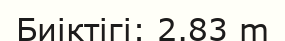
Биіктігі: 2.83 m